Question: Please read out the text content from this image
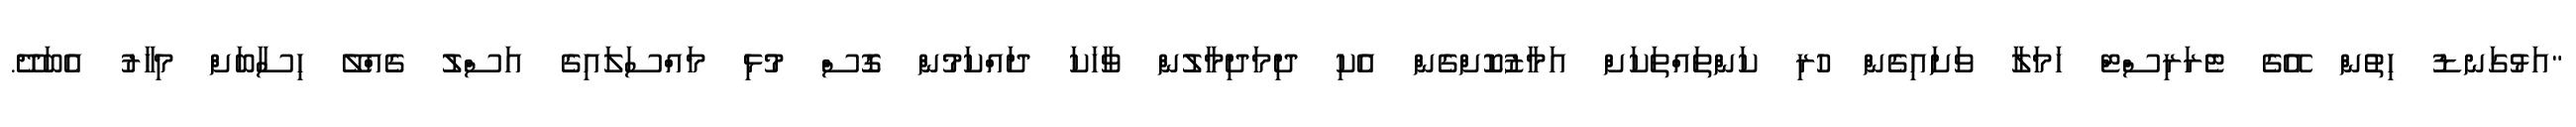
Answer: "އަޅުގަނޑު ހިތުން އޭގެ ޓެރަރިސްޓް ހަމަލާ ވަށައިގެން ހުރި ކަންތައްތަކަށް އަމާޒުކޮށްގެން އެކި ދިމަދިމާލުން ވާހަކަ ދައްކަމުން ގޮސް މުޅި މައްސަލައިގެ އަސްލު ގެއްލޭ ހިސާބަށް މިހާރު އެބަދޭ.